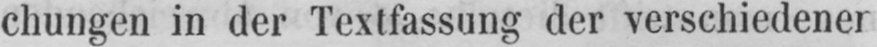
chungen in der Textfassung der verschiedener